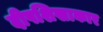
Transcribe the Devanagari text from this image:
दीपशिखाकार